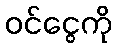
ဝင်ငွေကို